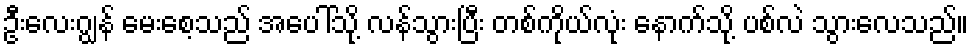
ဦးလေးဂျွန် မေးစေ့သည် အပေါ်သို့ လန်သွားပြီး တစ်ကိုယ်လုံး နောက်သို့ ပစ်လဲ သွားလေသည်။